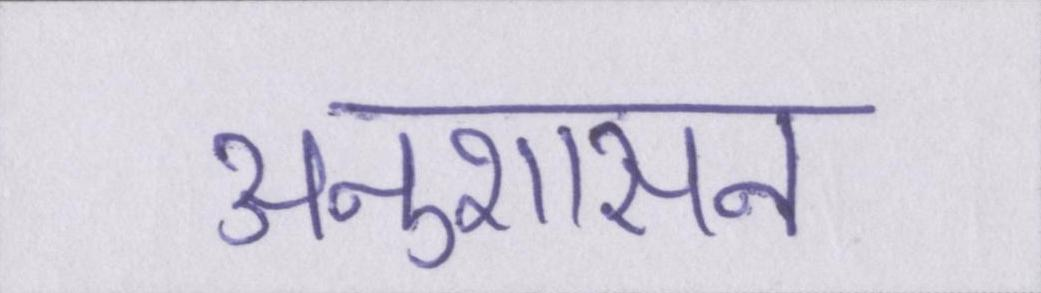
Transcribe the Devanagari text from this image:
अनुशासन